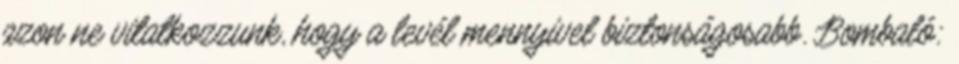
azon ne vitatkozzunk, hogy a levél mennyivel biztonságosabb. Bombaló: